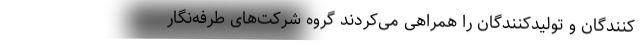
‌کنندگان و تولیدکنندگان را همراهی می‌کردند گروه شرکت‌های طرفه‌نگار